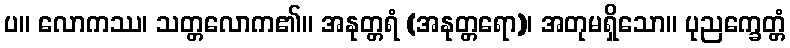
ပ။ လောကဿ၊ သတ္တလောက၏။ အနုတ္တရံ (အနုတ္တရော)၊ အတုမရှိသော။ ပုညက္ခေတ္တံ